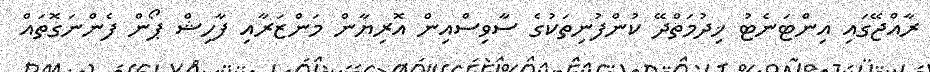
ރާއްޖޭގައި އިންޓަނެޓު ޚިދުމަތްދޭ ކުންފުނިތަކުގެ ސާވިސްއިން އޮރިޔާން މަންޒަރާއި ފާހިޝް ޕޯން ފެންނަގޮތައް